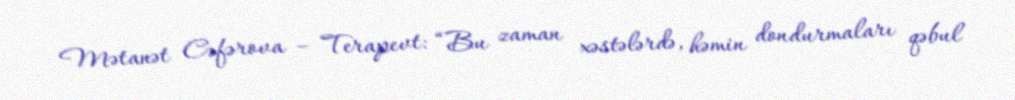
Mətanət Cəfərova – Terapevt: “Bu zaman xəstələrdə, həmin dondurmaları qəbul